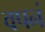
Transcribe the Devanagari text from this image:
वपनं